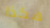
هكذا